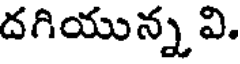
దగియున్న వి.